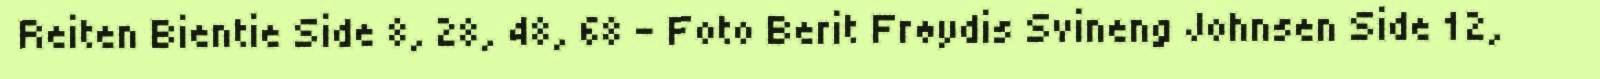
Reiten Bientie Side 8, 28, 48, 68 – Foto Berit Frøydis Svineng Johnsen Side 12,